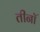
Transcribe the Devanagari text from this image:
तीनॉ